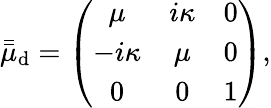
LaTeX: \bar{\bar{\mu}}_{\mathrm{d}}=\left(\begin{array}{ccc}{\mu}&{i\kappa}&{0}\\ {-i\kappa}&{\mu}&{0}\\ {0}&{0}&{1}\end{array}\right),